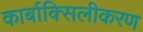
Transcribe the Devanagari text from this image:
कार्बाक्सिलीकरण